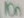
Text: 10n